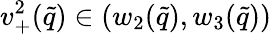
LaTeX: v_{+}^{2}(\tilde{q})\in(w_{2}(\tilde{q}),w_{3}(\tilde{q}))